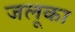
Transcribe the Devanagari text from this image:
जलूका